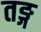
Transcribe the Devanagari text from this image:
तङ्ग